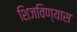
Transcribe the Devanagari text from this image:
शिजविण्यास